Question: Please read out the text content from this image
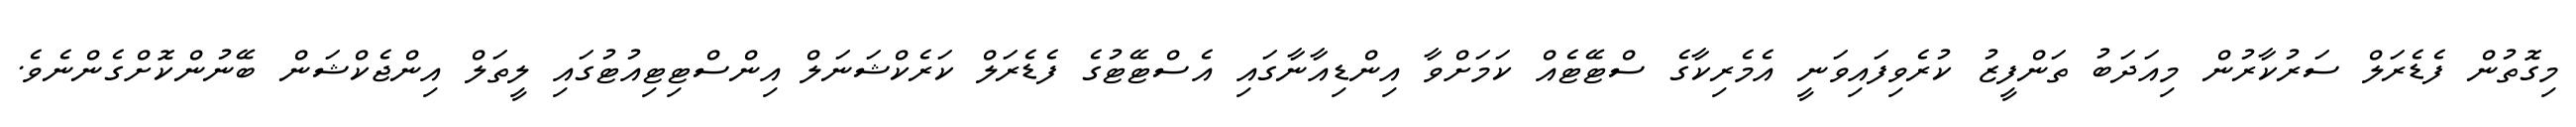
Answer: މިގޮތުން ފެޑެރަލް ސަރުކާރުން މިއަދަބު ތަންފީޒު ކުރެވިފައިވަނީ އެމެރިކާގެ ސްޓޭޓެއް ކަމަށްވާ އިންޑިއާނާގައި އެސްޓޭޓުގެ ފެޑެރަލް ކަރެކްޝަނަލް އިންސްޓިޓިއުޓުގައި ލީތަލް އިންޖެކްޝަން ބޭނުންކޮށްގެންނެވެ.